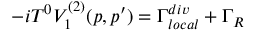
- i T ^ { 0 } V _ { 1 } ^ { ( 2 ) } ( p , p ^ { \prime } ) = \Gamma _ { l o c a l } ^ { d i v } + \Gamma _ { R }